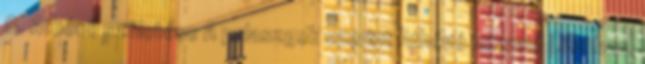
8. Athéné születése A pelaszgok szerint Athéné istennő Líbiában,